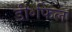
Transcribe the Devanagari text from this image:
डी॰फिल